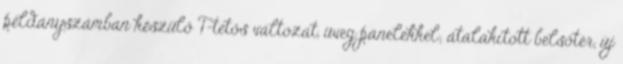
példányszámban készülő T-tetős változat, üveg panelekkel; átalakított belsőtér, új